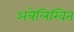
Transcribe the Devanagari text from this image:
अत्रेलिखित